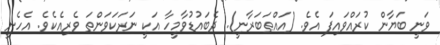
ވަނީ ބަޔާން ކުރައްވައިފަ އެވެ. (އައްޠަބަރާނީ). ދެބައުޑުވާމީހާ އަކީ ނަރަކަވަންތަ ވެރިއެކެވެ. އެހެނީ